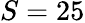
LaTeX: S=25